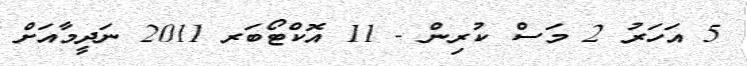
5 އަހަރު 2 މަސް ކުރިން - 11 އޮކްޓޯބަރ 2011 ނަދީމާއަށް